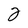
Character: 2